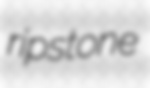
ripstone